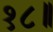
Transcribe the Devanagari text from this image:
१८॥